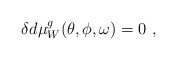
\begin{align*}\delta d\mu_W^g(\theta,\phi,\omega)=0\ ,\end{align*}